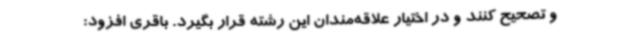
و تصحیح کنند و در اختیار علاقه‌مندان این رشته قرار بگیرد. باقری افزود: